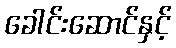
ခေါင်းဆောင်နှင့်